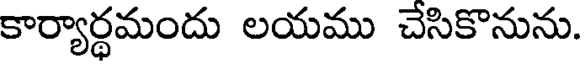
కార్యార్థమందు లయము చేసికొనును.